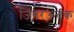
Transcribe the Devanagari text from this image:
जिगरऊतक